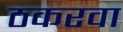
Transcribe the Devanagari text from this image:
ठकरवा